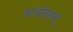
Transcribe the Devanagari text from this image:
कांचीवरम्